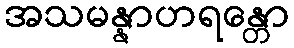
အသမန္နာဟရန္တော